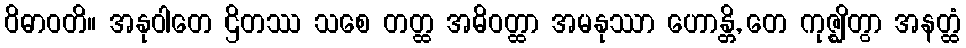
ဝိဓာဝတိ။ အနုဝါတေ ဌိတဿ သစေ တတ္ထ အဓိဝတ္ထာ အမနုဿာ ဟောန္တိ, တေ ကုဇ္ဈိတွာ အနတ္ထံ